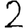
Digit: 2